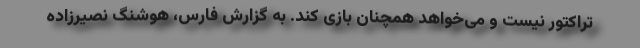
تراکتور نیست و می‌خواهد همچنان بازی کند. به گزارش فارس، هوشنگ نصیرزاده